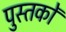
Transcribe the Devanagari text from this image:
पुस्तकोँ